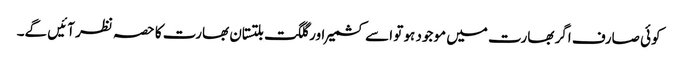
کوئی صارف اگر بھارت میں موجود ہو تو اسے کشمیر اور گلگت بلتستان بھارت کا حصہ نظر آئیں گے۔